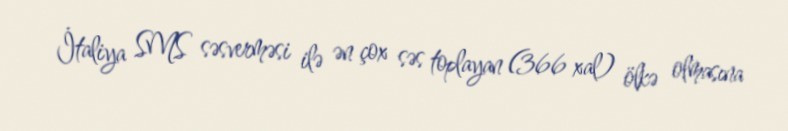
İtaliya SMS səsverməsi ilə ən çox səs toplayan (366 xal) ölkə olmasına